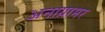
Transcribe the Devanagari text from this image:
अनाग्रामर